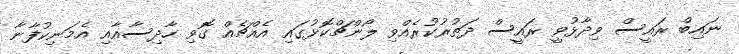
ނައިބް ރައީސް ވިދާޅުވީ ރައީސް ދަތުރުކުރެއްވި ލޯންޗްކޮޅުގައި އެއްޗެއް ގޮވި ހާދިސާއާއި އެމަނިކުފާނާ